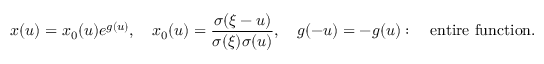
x ( u ) = x _ { 0 } ( u ) e ^ { g ( u ) } , \quad x _ { 0 } ( u ) = { \frac { \sigma ( \xi - u ) } { \sigma ( \xi ) \sigma ( u ) } } , \quad g ( - u ) = - g ( u ) : \quad \mathrm { e n t i r e ~ f u n c t i o n } .